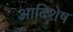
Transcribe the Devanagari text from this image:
आदिशेष